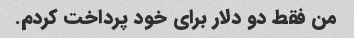
من فقط دو دلار برای خود پرداخت کردم.